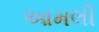
આમલી